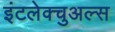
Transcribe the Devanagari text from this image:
इंटलेक्चुअल्स